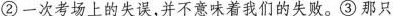
②一次考场上的失误，并不意味着我们的失败。③那只